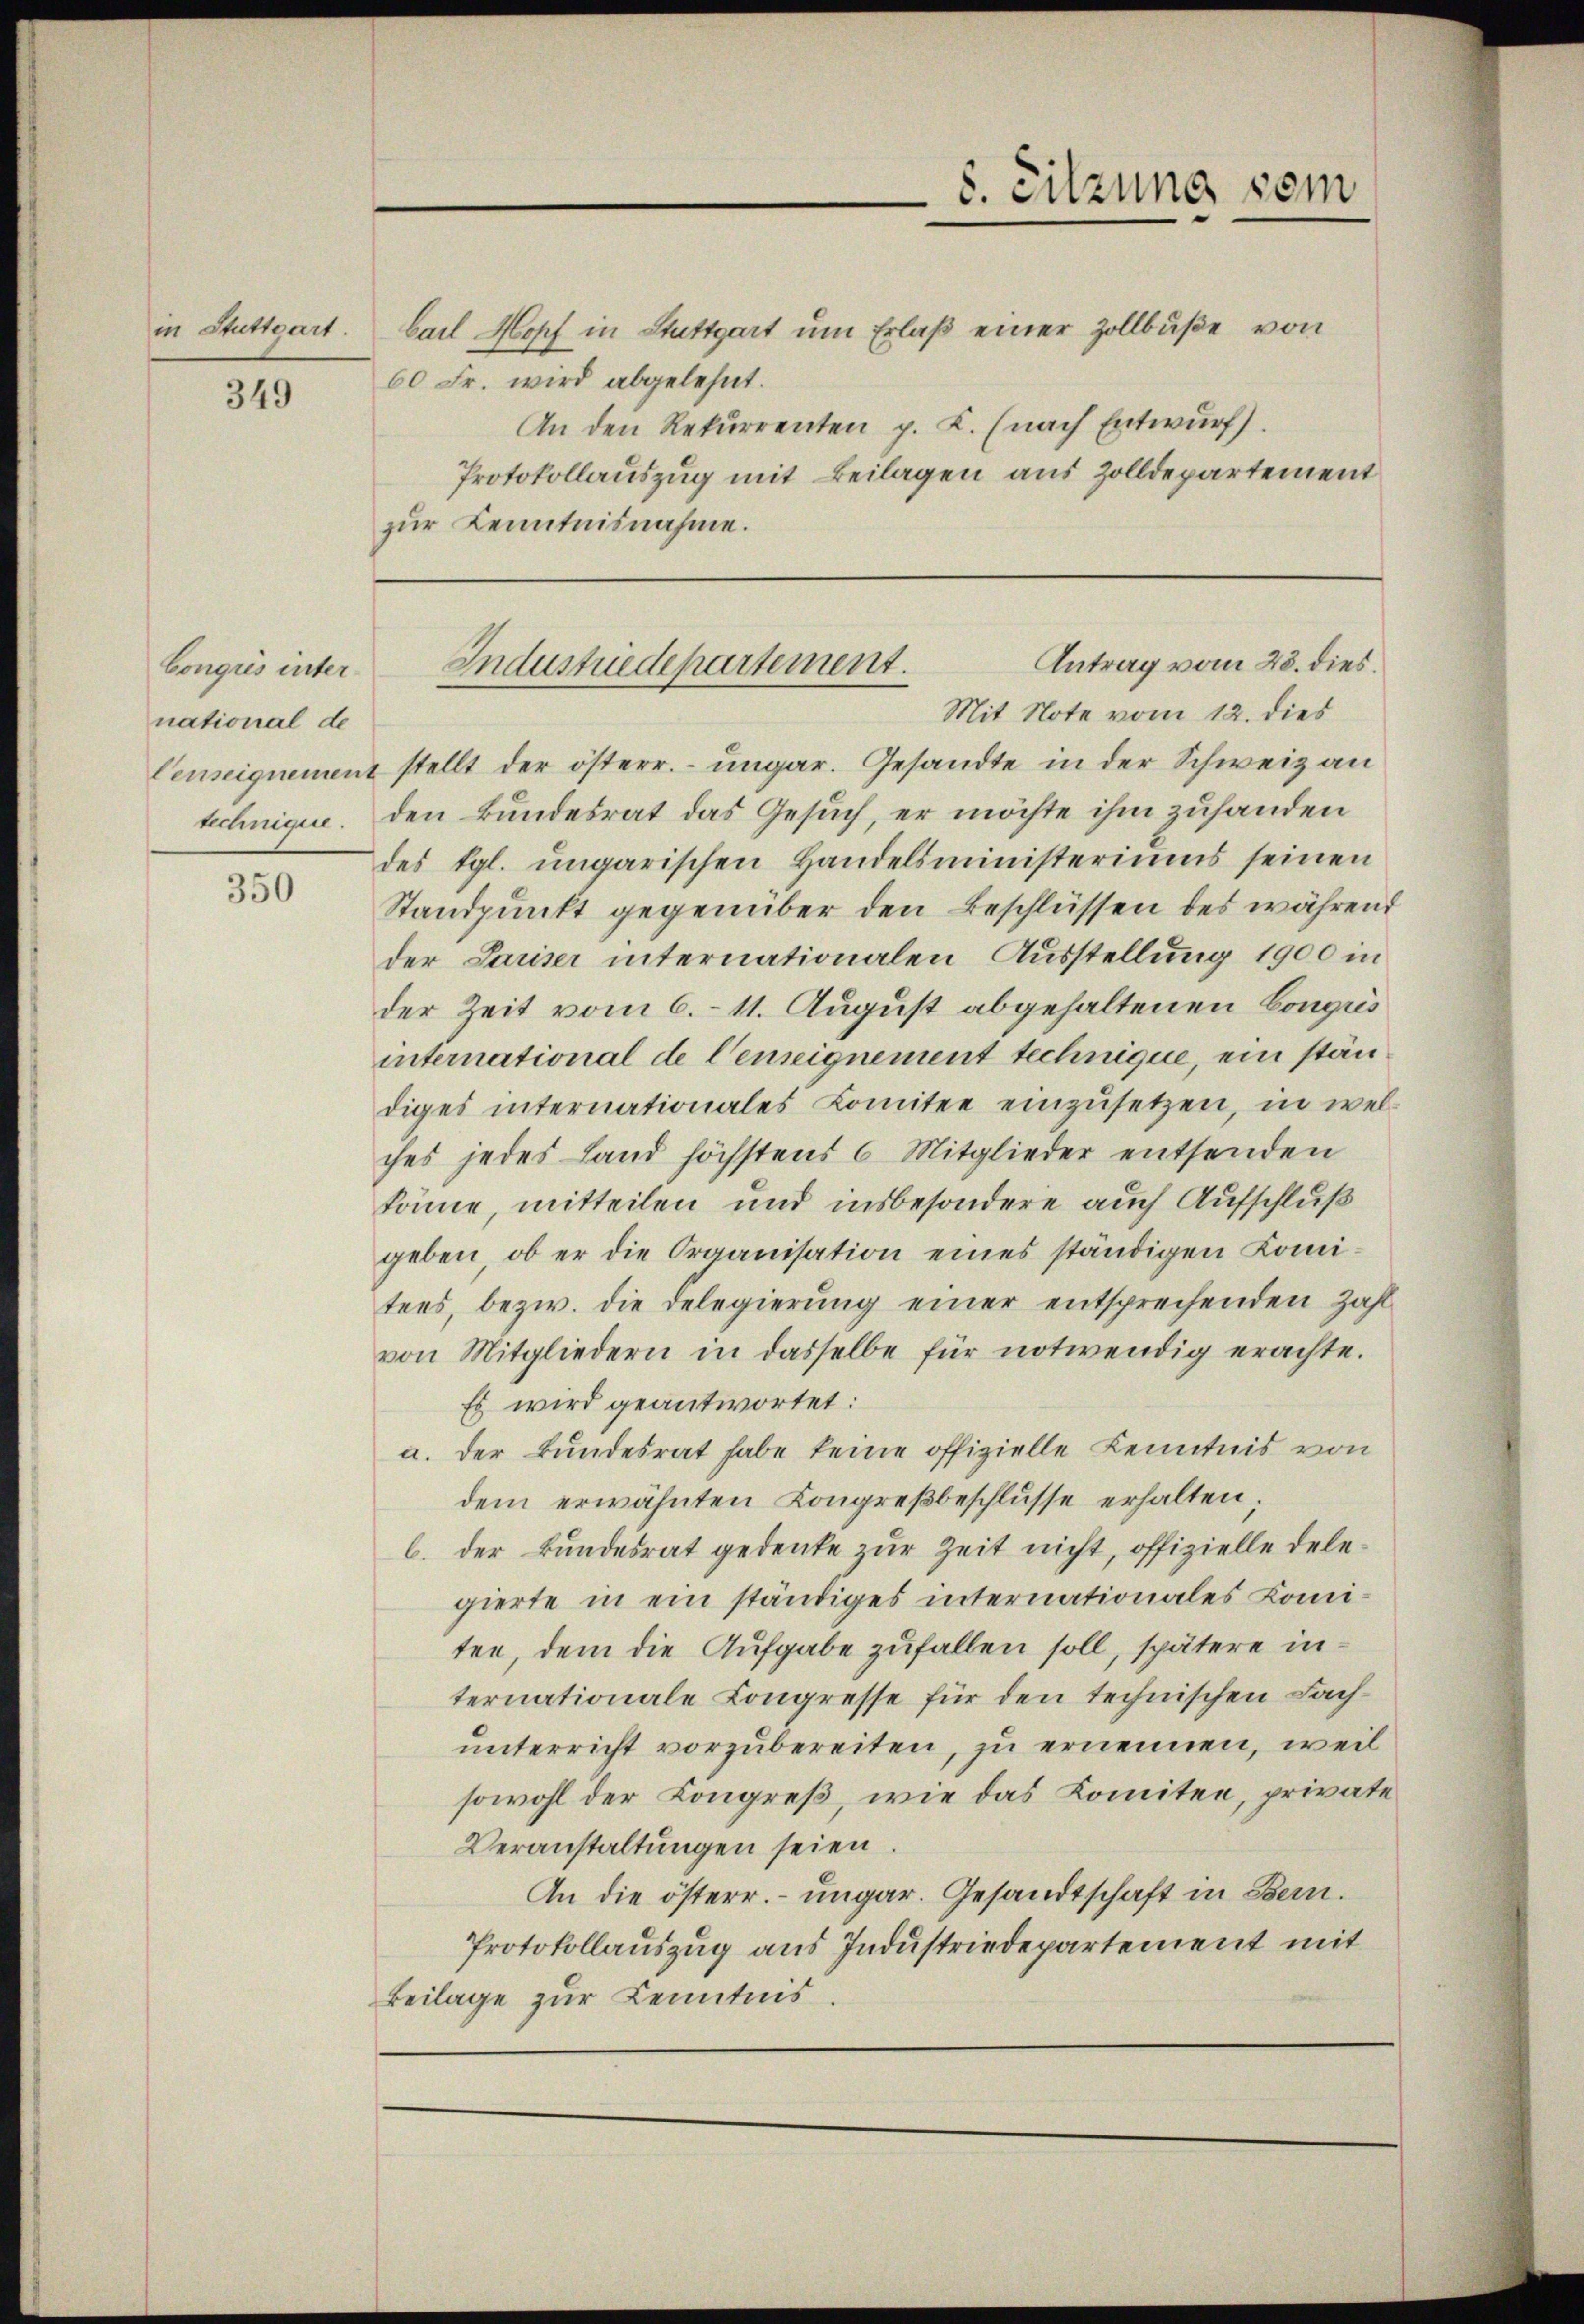
in Stuttgart.

349

Congreis international de

350

bail Hopf in Stuttgart um Erlaß einer Zollbuße von
60 Fr. wird abgelehnt.
An den Rekurrenten p. K. (nach Entwurf.
Protokollauszug mit Beilagen aus Zolldepartement
zur Kenntnisnahme.

Censeignement stellt der österr. ungar. Gesandte in der Schweiz an
technigen. Den Bundesrat das Gesuch, er möchte ihm zufanden
des vgl. ungarischen Handelsministeriums seinen
Standpunkt gegenüber den Beschlüssen des während
der Pariser internationalen Ausstellung 1900 in
der Zeit vom 6. 11. August abgehaltenen Conges
international de Censeignement technique, ein ständiges internationales Lomitee einzusetzen, in welches jedes Land höchstens 6 Mitglieder entsenden
könne, mitteilen und insbesondere auch Aufschluß
geben, ob er die Organisation eines ständigen Komitens, bezw. die Delegierung einer entsprechenden Zahl
von Mitgliedern in dasselbe für notwendig erachte.
Es wird geantwortet:
a. der Bundesrat habe keine offizielle Kenntnis von
dem erwähnten Kongreβbeschlusse erhalten;
b. der Bundesrat gedenke zur Zeit nicht, offizielle delegierte in ein ständiges internationales Comiten, dem die Aufgabe zufallen soll, spätere internationale Congresse für den technischen Fachunterricht vorzubereiten, zu ernennen, weil
sowohl der Kongreß, wie das Komitee, private
Veranstaltungen seien.
An die österr. ungar. Gesandtschaft in Bern.
Protokollauszug aus Industriedepartement mit
Beilage zur Kenntnis.

8. Sitzung sein

Antrag vom 28. dies
Industriedepartement.
Mit Note vom 12. dies